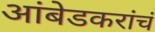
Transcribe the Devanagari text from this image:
आंबेडकरांचं